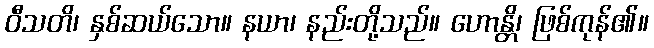
ဝီသတိ၊ နှစ်ဆယ်သော။ နယာ၊ နည်းတို့သည်။ ဟောန္တိ၊ ဖြစ်ကုန်၏။